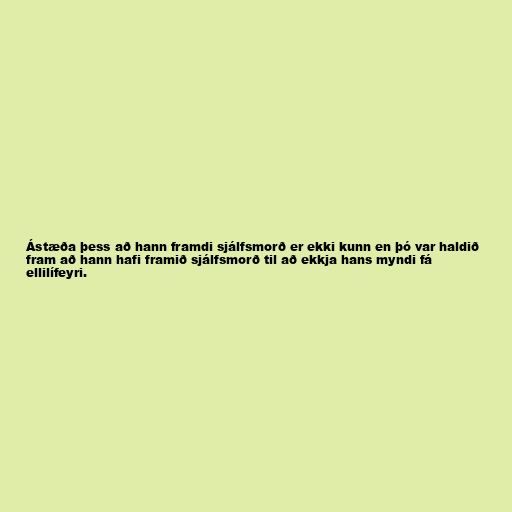
Ástæða þess að hann framdi sjálfsmorð er ekki kunn en þó var haldið
fram að hann hafi framið sjálfsmorð til að ekkja hans myndi fá
ellilífeyri.